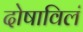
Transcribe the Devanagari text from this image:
दोषाविलं